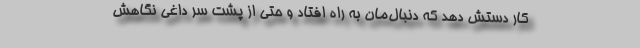
کار دستش دهد که دنبال‌مان به راه افتاد و حتی از پشت سر داغی نگاهش